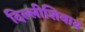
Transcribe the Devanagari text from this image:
दिल्लीशिवाय